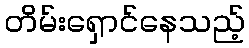
တိမ်းရှောင်နေသည့်